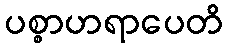
ပစ္စာဟရာပေတိ